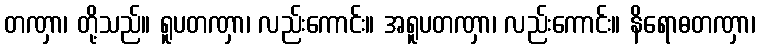
တဏှာ၊ တို့သည်။ ရူပတဏှာ၊ လည်းကောင်း။ အရူပတဏှာ၊ လည်းကောင်း။ နိရောဓတဏှာ၊